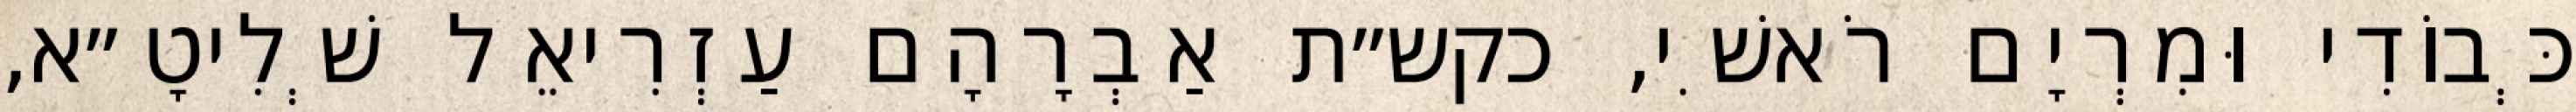
כְּבוֹדִי וּמִרְיָם רֹאשִׁי, כקש״ת אַבְרָהָם עַזְרִיאֵל שְׁלִיטָ״א,